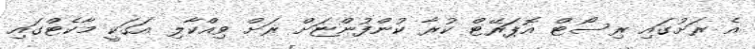
އެ ރަށުގައި ރިސޯޓް އޮޕަރޭޓް ކުރާ ކުންފުންޏަށް ރަށް ވިއްކާލި އަގަކީ މާކެޓްގައި